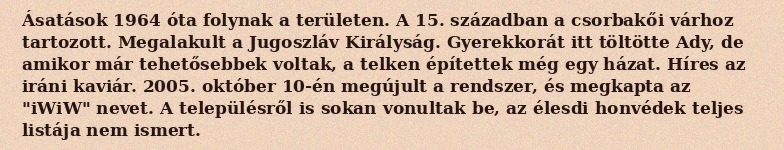
Ásatások 1964 óta folynak a területen. A 15. században a csorbakői várhoz tartozott. Megalakult a Jugoszláv Királyság. Gyerekkorát itt töltötte Ady, de amikor már tehetősebbek voltak, a telken építettek még egy házat. Híres az iráni kaviár. 2005. október 10-én megújult a rendszer, és megkapta az "iWiW" nevet. A településről is sokan vonultak be, az élesdi honvédek teljes listája nem ismert.